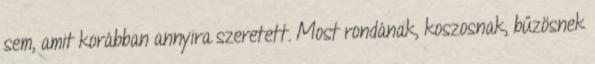
sem, amit korábban annyira szeretett. Most rondának, koszosnak, bűzösnek